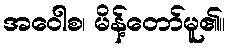
အဝေါစ၊ မိန့်တော်မူ၏။